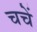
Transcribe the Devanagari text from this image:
चचें